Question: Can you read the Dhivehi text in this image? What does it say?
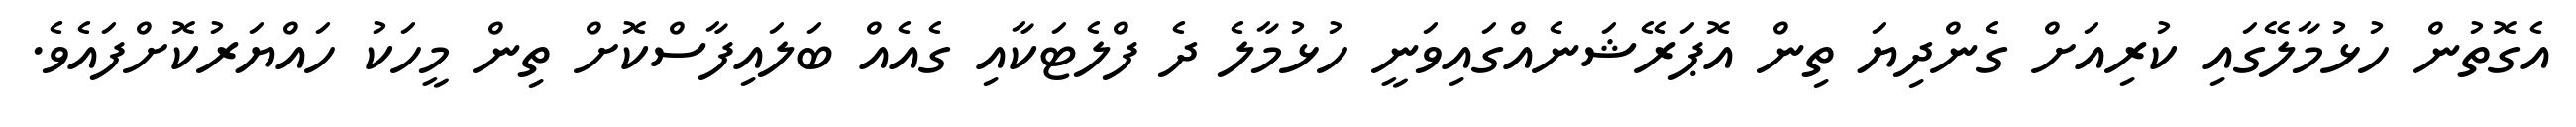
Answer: އެގޮތުން ހުޅުމާލޭގައި ކުރިއަށް ގެންދިޔަ ތިން އޮޕަރޭޝަނެއްގައިވަނީ ހުޅުމާލެ ދެ ފްލެޓަކާއި ގެއެއް ބަލައިފާސްކޮށް ތިން މީހަކު ހައްޔަރުކޮށްފައެވެ.